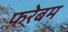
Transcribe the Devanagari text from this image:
फ़रेबम